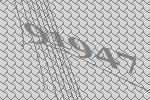
91947